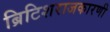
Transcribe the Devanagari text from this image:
ब्रिटिशराजकारणी